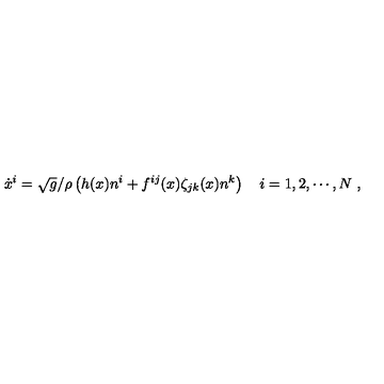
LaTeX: \dot { x } ^ { i } = \sqrt { g } / \rho \left( h ( x ) n ^ { i } + f ^ { i j } ( x ) \zeta _ { j k } ( x ) n ^ { k } \right) \quad i = 1 , 2 , \cdots , N \ ,